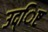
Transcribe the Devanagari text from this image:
उद्िष्ट